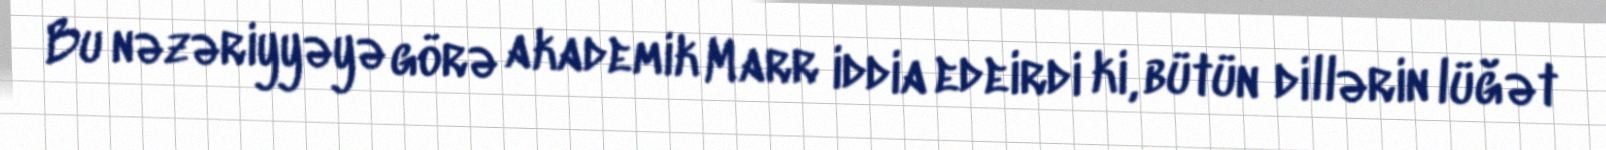
Bu nəzəriyyəyə görə akademik Marr iddia edeirdi ki, bütün dillərin lüğət